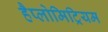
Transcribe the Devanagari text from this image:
हैप्लोमिट्रियम